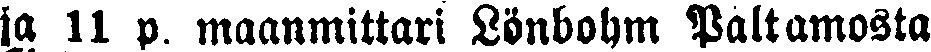
ia 11 p. maanmittari Lönbohm Paltamosta